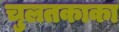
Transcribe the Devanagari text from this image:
चुलतकाका